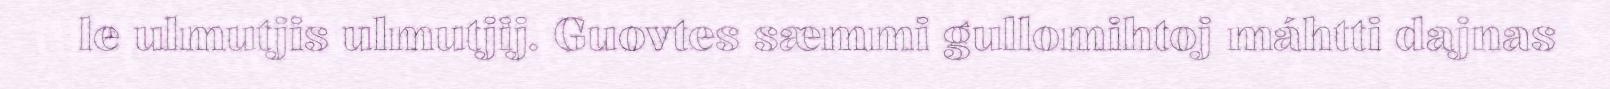
le ulmutjis ulmutjij. Guovtes sæmmi gullomihtoj máhtti dajnas